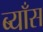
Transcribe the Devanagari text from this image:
ब्याँस